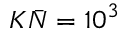
K \bar { N } = { { 1 0 } ^ { 3 } }